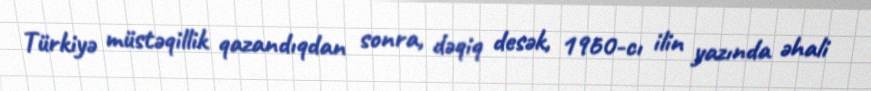
Türkiyə müstəqillik qazandıqdan sonra, dəqiq desək, 1960-cı ilin yazında əhali